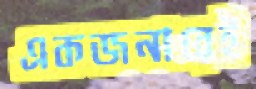
একজনারেই